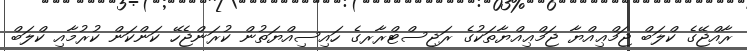
ރާއްޖޭގެ ކްލަބް ޖަމްޢިއްޔާ ޖަމްޢިއްޔާތަކުގެ ރަޖިސްޓްރާރގެ ހައިސިއްޔަތުން ކުރަންޖެހޭ ކަންކަން ކުރުމާއި ކްލަބް